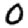
Digit: 0